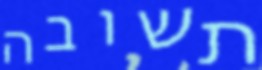
תשובה